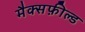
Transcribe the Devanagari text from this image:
मैक्सफ़ील्ड